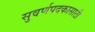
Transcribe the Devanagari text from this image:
सुवर्णपदकासाठी